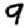
Digit: 9